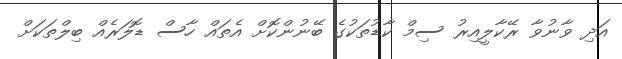
އަދި ވާނުވާ ރޭކާލީއިރު ސިމް ކާޑުތަކުގެ ބޭނުންކޮށް އެތައް ހާސް ޑޮލަރެއް ބިލްތަކަށް